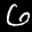
Label: 6